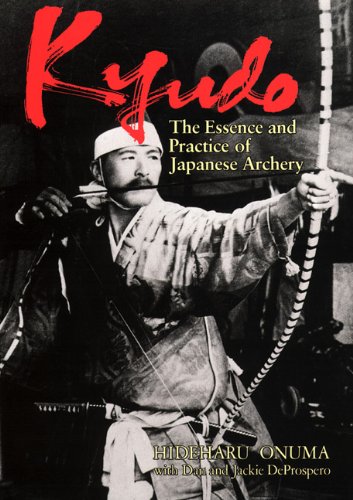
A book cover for Kyudo: The Essence and Practice of Japanese Archery; Hideharu Onuma; Sports & Outdoors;